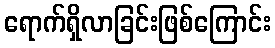
ရောက်ရှိလာခြင်းဖြစ်ကြောင်း